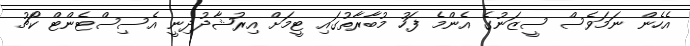
އެހެން ނަމަވެސް ސީޒަނުގެ އެންމެ ފަހު މުބާރާތުގައި ޓީމަށް އިރުޝާދުދިނީ އެސިސްޓެންޓް ކޯޗު